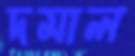
দমাল